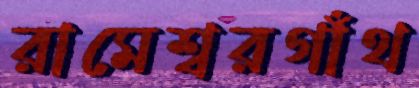
রামেশ্বরগাঁথ